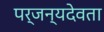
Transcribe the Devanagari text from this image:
पर्जन्यदेवता